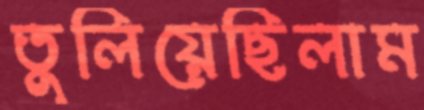
তুলিয়েছিলাম